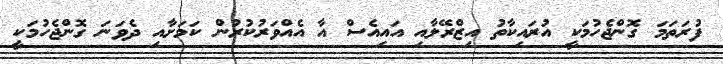
ފުރަތަމަ ގޮންޖެހުމަކީ އުރައިކާތު އިޒްރޭލާއި އައިއެސް އާ އެއްވަރުކުރުން ކަމަށާއި ދެވަނަ ގޮންޖެހުމަކީ